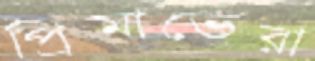
প্রিমাভেরা